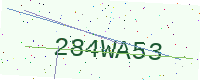
Text: 284WA53